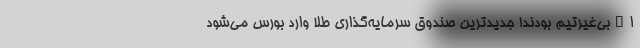
ا_بی‌غیرتیم بودند! جدیدترین صندوق سرمایه‌گذاری طلا وارد بورس می‌شود